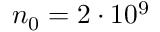
n _ { 0 } = 2 \cdot 1 0 ^ { 9 }